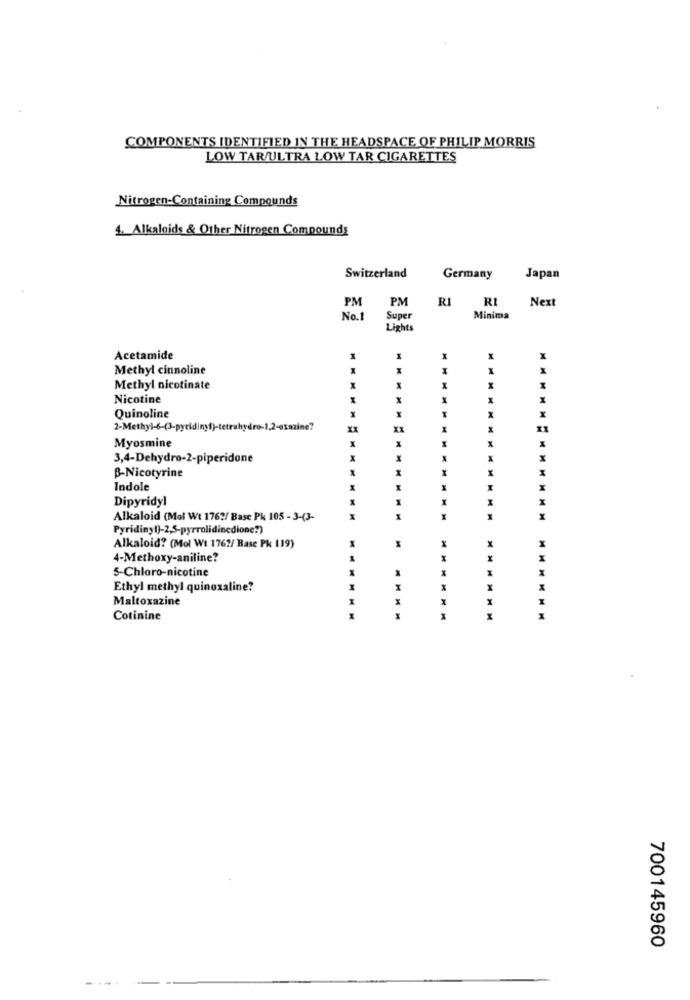
COMPONENTS IDENTIFIED IN THE HEADSPACE OF PHILIP MORRIS
LOW TAR/ULTRA LOW TAR CIGARETTES
Nitrogen-Containing Compounds
4. Alkaloids & Other Nitrogen Compounds
Switzerland
Germany
Japan
PM
RI
Next
PM
RI
No.1
Super
Minima
Lights
Acetamide
Methyl cinnoline
Methyl nicotinate
X
Nicotine
Quinoline
2-Methyl-6-(3-pyridiny1)-tetrahydro-1,2-exnaine?
Myosmine
3,4-Dehydro-2-piperidone
x
B-Nicotyrine
Indole
Dipyridyl
X
Alkaloid (Mol Wt 1762/ Base Pk 105 - 3-(3-
MM
Pyridiny!)-2,5-pyrrolidinedione?)
1
X
Alkaloid? (Mol Wt 176?/ Base Pk 119)
4-Methoxy-aniline?
5-Chloro-nicotine
H
Ethyl methyl quinoxaline?
Maltoxazine
x
x
Cotinine
M
x
700145960